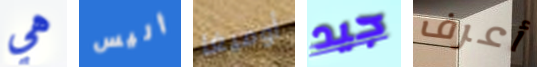
هي أليس أوميغا جيد أعرف